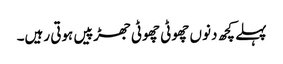
پہلے کچھ دنوں چھوٹی چھوٹی جھڑپیں ہوتی رہیں۔